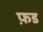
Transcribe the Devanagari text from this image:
फ़ड